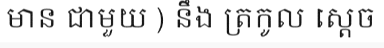
មាន ជាមួយ ) នឹង ត្រកូល ស្តេច